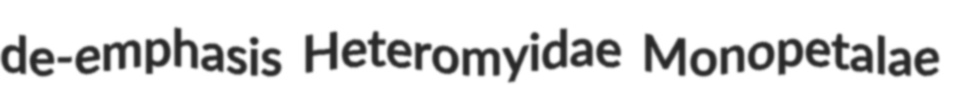
de-emphasis Heteromyidae Monopetalae